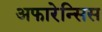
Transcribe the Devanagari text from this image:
अफारेन्सिस